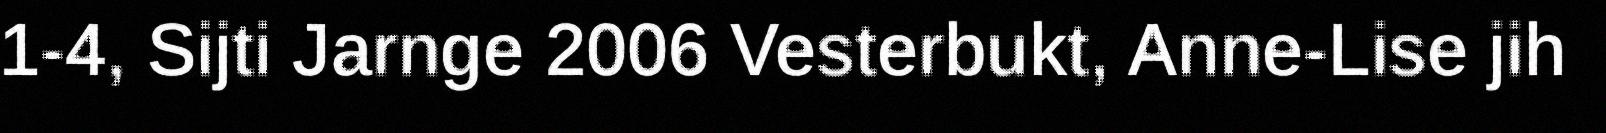
1-4, Sijti Jarnge 2006 Vesterbukt, Anne-Lise jih